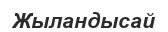
Жыландысай